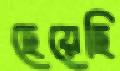
ছেয়েছি